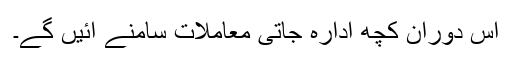
اس دوران کچھ ادارہ جاتی معاملات سامنے آئیں گے۔